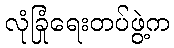
လုံခြုံရေးတပ်ဖွဲ့က